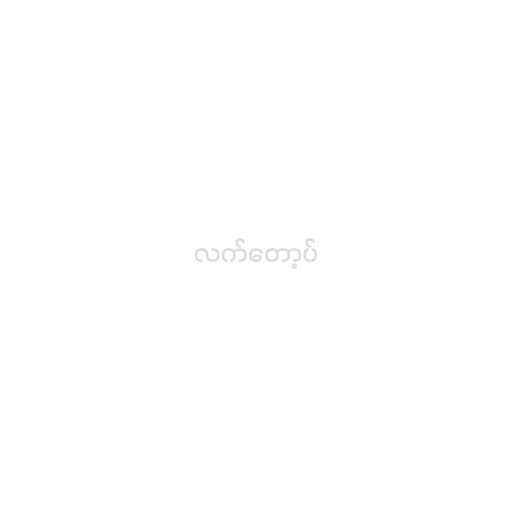
လက်တော့ပ်